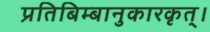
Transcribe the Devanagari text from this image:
प्रतिबिम्बानुकारकृत्‌।